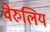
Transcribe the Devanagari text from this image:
वेरुलिय